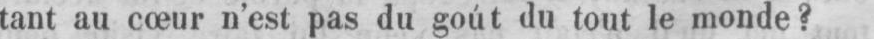
tant au cœur n’est pas du goút du tout le monde?